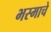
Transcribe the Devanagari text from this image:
भस्माचे